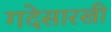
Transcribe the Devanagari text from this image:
गदेसारखी